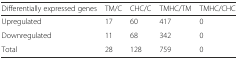
<table><thead><tr><td><b>Differentially expressed genes</b></td><td><b>TM/C</b></td><td><b>CHC/C</b></td><td><b>TMHC/TM</b></td><td><b>TMHC/CHC</b></td></tr></thead><tbody><tr><td>Upregulated</td><td>17</td><td>60</td><td>417</td><td>0</td></tr><tr><td>Downregulated</td><td>11</td><td>68</td><td>342</td><td>0</td></tr><tr><td>Total</td><td>28</td><td>128</td><td>759</td><td>0</td></tr></tbody></table>